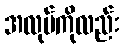
အလုပ်ကိုလည်း